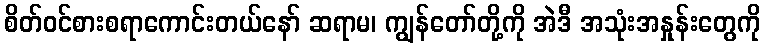
စိတ်ဝင်စားစရာကောင်းတယ်နော် ဆရာမ၊ ကျွန်တော်တို့ကို အဲဒီ အသုံးအနှုန်းတွေကို